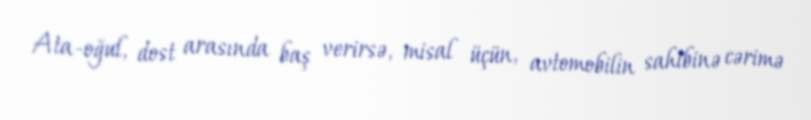
Ata-oğul, dost arasında baş verirsə, misal üçün, avtomobilin sahibinə cərimə